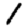
Digit: 1